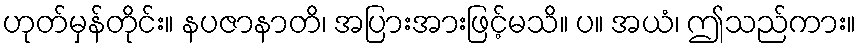
ဟုတ်မှန်တိုင်း။ နပဇာနာတိ၊ အပြားအားဖြင့်မသိ။ ပ။ အယံ၊ ဤသည်ကား။